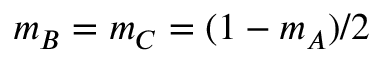
m _ { B } = m _ { C } = ( 1 - m _ { A } ) / 2